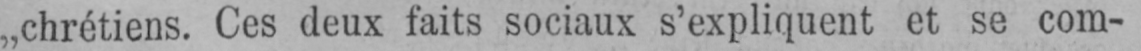
„chrétiens. Ces deux faits sociaux s’expliquent et se com-